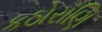
કઠોરાણિ